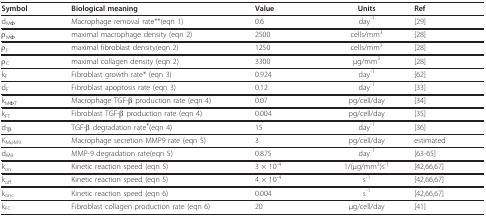
<table><thead><tr><td><b>Symbol</b></td><td><b>Biological meaning</b></td><td><b>Value</b></td><td><b>Units</b></td><td><b>Ref</b></td></tr></thead><tbody><tr><td>d<sub>MΦ</sub></td><td>Macrophage removal rate**(eqn 1)</td><td>0.6</td><td>day<sup>-1</sup></td><td>[29]</td></tr><tr><td>ρ<sub>MΦ</sub></td><td>maximal macrophage density (eqn 2)</td><td>2500</td><td>cells/mm<sup>3</sup></td><td>[28]</td></tr><tr><td>ρ<sub>F</sub></td><td>maximal fibroblast density(eqn 2)</td><td>1250</td><td>cells/mm<sup>3</sup></td><td>[28]</td></tr><tr><td>ρ<sub>C</sub></td><td>maximal collagen density (eqn 2)</td><td>3300</td><td>μg/mm<sup>3</sup></td><td>[28]</td></tr><tr><td>k<sub>F</sub></td><td>Fibroblast growth rate* (eqn 3)</td><td>0.924</td><td>day<sup>-1</sup></td><td>[62]</td></tr><tr><td>d<sub>F</sub></td><td>Fibroblast apoptosis rate (eqn 3)</td><td>0.12</td><td>day<sup>-1</sup></td><td>[33]</td></tr><tr><td>k<sub>MΦT</sub></td><td>Macrophage TGF-β production rate (eqn 4)</td><td>0.07</td><td>pg/cell/day</td><td>[34]</td></tr><tr><td>k<sub>FT</sub></td><td>Fibroblast TGF-β production rate (eqn 4)</td><td>0.004</td><td>pg/cell/day</td><td>[35]</td></tr><tr><td>d<sub>Tβ</sub></td><td>TGF-β degradation rate<sup>¥</sup>(eqn 4)</td><td>15</td><td>day<sup>-1</sup></td><td>[36]</td></tr><tr><td>K<sub>MφM9</sub></td><td>Macrophage secretion MMP9 rate (eqn 5)</td><td>3</td><td>pg/cell/day</td><td>estimated</td></tr><tr><td>d<sub>M9</sub></td><td>MMP-9 degradation rate(eqn 5)</td><td>0.875</td><td>day<sup>-1</sup></td><td>[63-65]</td></tr><tr><td>k<sub>on</sub></td><td>Kinetic reaction speed (eqn 5)</td><td>3 × 10<sup>-4</sup></td><td>1/(μg/mm<sup>3</sup>)s<sup>-1</sup></td><td>[42,66,67]</td></tr><tr><td>k<sub>off</sub></td><td>Kinetic reaction speed (eqn 5)</td><td>4 × 10<sup>-4</sup></td><td>s<sup>-1</sup></td><td>[42,66,67]</td></tr><tr><td>k<sub>onc</sub></td><td>Kinetic reaction speed (eqn 6)</td><td>0.004</td><td>s<sup>-1</sup></td><td>[42,66,67]</td></tr><tr><td>k<sub>FC</sub></td><td>Fibroblast collagen production rate (eqn 6)</td><td>20</td><td>μg/cell/day</td><td>[41]</td></tr></tbody></table>